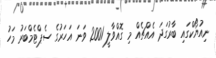
ނިއުޔޯކްގައި ބާރުގަދަ އެއްޗެއް މި ގޮއްވާލީ 2001 ވަނަ އަހަރުގެ ސެޕްޓެމްބަރު މަހު